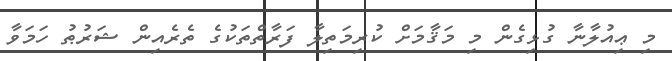
މި ޢިއުލާނާ ގުޅިގެން މި މަޤާމަށް ކުރިމަތިލާ ފަރާތްތަކުގެ ތެރެއިން ޝަރުޠު ހަމަވާ